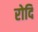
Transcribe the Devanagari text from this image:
रोदि